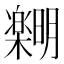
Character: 𪴞